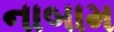
નાબામ